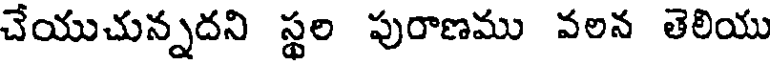
చేయుచున్నదని స్థల పురాణము వలన తెలియు